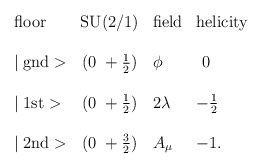
\begin{align*}\begin{array}{lcll}\mbox{floor} & \mbox{SU(2/1)} & \mbox{field} & \mbox{helicity} \\\\\mid \mbox{gnd}> & (0~+\frac{1}{2}) & \phi & ~0 \\\\\mid \mbox{1st}> & (0~+\frac{1}{2}) & 2\lambda & -\frac{1}{2} \\\\\mid \mbox{2nd}> & (0~+\frac{3}{2}) & A_\mu & -1.\\\end{array}\end{align*}